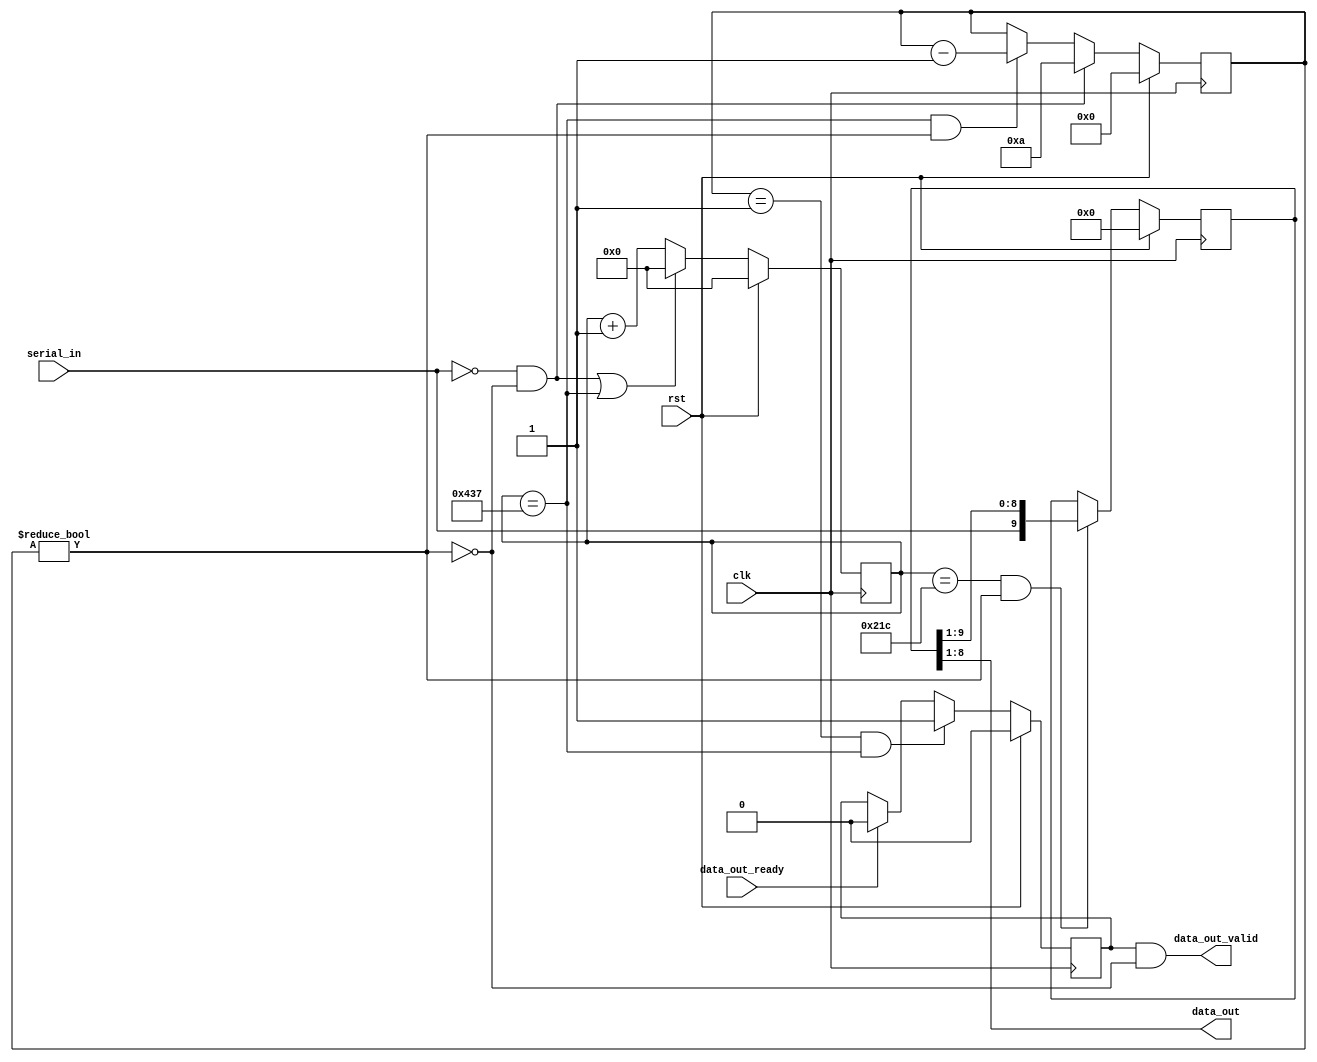
// This program was cloned from: https://github.com/AleksandarLilic/ama-riscv
// License: GNU General Public License v3.0

//-----------------------------------------------------------------------------
// Project:         AMA-RISCV
// Module:          UART Receiver
// Description:     UART Receiver module
//
// SPDX-License-Identifier: GPL-3.0-or-later
//
// Version history:
//      2021-06-06  AL  0.1.0 - Initial
//      2021-06-06  AL  1.0.0 - Release
//
//-----------------------------------------------------------------------------

module uart_receiver #(
    parameter CLOCK_FREQ = 125_000_000,
    parameter BAUD_RATE  =     115_200)
(
    input   wire        clk,
    input   wire        rst,
    
    // ready/valid
    input   wire        data_out_ready,
    output  wire        data_out_valid,
    
    // data path
    input   wire        serial_in,
    output  wire  [7:0] data_out
);

//-----------------------------------------------------------------------------
// Parameters
// FPGA OFFSET
// Used 125MHz oscillator from the Ethernet does not have the best stability
// Added offset of -5 seems to perfectly align the edges as no drift was observed
// at >200 UART back-to-back characters, measured with logic analyzer @ 20MS/s

localparam FPGA_OFFSET          = 5;
// localparam FPGA_OFFSET          = 0;

localparam SYMBOL_EDGE_TIME     = (CLOCK_FREQ / BAUD_RATE) - FPGA_OFFSET;
localparam SAMPLE_TIME          = SYMBOL_EDGE_TIME / 2;
localparam CLOCK_COUNTER_WIDTH  = $clog2(SYMBOL_EDGE_TIME);

//-----------------------------------------------------------------------------
// Signals
wire        symbol_edge;
wire        sample;
wire        start;
wire        rx_running;

reg         has_byte;
reg   [9:0] rx_shift;
reg   [3:0] bit_counter;
reg   [CLOCK_COUNTER_WIDTH-1:0] clock_counter;

//-----------------------------------------------------------------------------

// Goes high when it is time to start receiving a new character
assign start = !serial_in && !rx_running;

// Counts down from 10 bits for every character
always @ (posedge clk) begin
    if (rst)
        bit_counter <= 0;
    else if (start)
        bit_counter <= 10;
    else if (symbol_edge && rx_running)
        bit_counter <= bit_counter - 1;
end

// Goes high while receiving a character
assign rx_running = bit_counter != 4'd0;

// Counts cycles until a single symbol is done
always @ (posedge clk) begin
    if (rst)                        // system reset
        clock_counter <= 1'b0;
    else if (start || symbol_edge)  // soft reset
        clock_counter <= 1'b0;
    else
        clock_counter <= clock_counter + 1;
end

// Goes high at every symbol edge
assign symbol_edge = (clock_counter == (SYMBOL_EDGE_TIME - 1));

// Goes high halfway through each symbol to sample the serial line
assign sample = (clock_counter == SAMPLE_TIME);

// Shift register
always @ (posedge clk) begin
    if (rst)                        // system reset
        rx_shift <= 9'h0;
    else if (sample && rx_running)
        rx_shift <= {serial_in, rx_shift[9:1]};
end

// Outputs
assign data_out = rx_shift[8:1];

// ready/valid
always @ (posedge clk) begin
    if (rst)                        // system reset
        has_byte <= 1'b0;
    else if (bit_counter == 1 && symbol_edge) 
        has_byte <= 1'b1;
    else if (data_out_ready) 
        has_byte <= 1'b0;
end

assign data_out_valid = has_byte && !rx_running;

endmodule